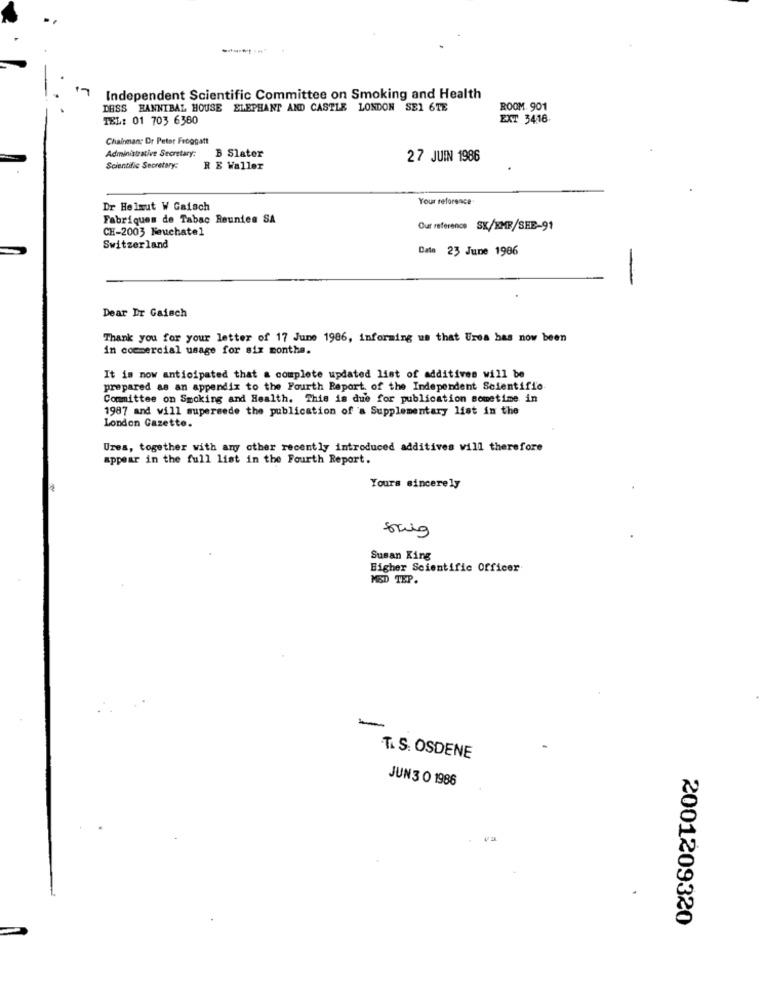
Independent Scientific Committee on Smoking and Health
DESS HANNIBAL HOUSE ELEPHANT AND CASTLE LONDON SE1 6TE
ROOM. 901
TEL: 01 703 6380
EXT 3416.
Chairman; Dr Peter Froggatt
Administrative Secretary:
B Slater
27 JUIN 1986
Scientific Secretary:
R E Waller
Your reference
Dr Helmut W Gaisch
Fabriques de Tabac Reunien SA
CH-2003 Neuchatel
Our reference SK/KMF/SEE-91
Switzerland
Date 23 June 1986
-
Dear Dr Gaisch
Thank you for your letter of 17 June 1986, informing us that Urea has now been
in commercial usage for six months.
It is now anticipated that a complete updated list of additives will be
prepared as an appendix to the Fourth Report of the Independent Scientific
Committee on Smoking and Health. This is due for publication sometime in
1987 and will supersede the publication of 'a Supplementary list in the
London Gazette.
Uzes, together with any other recently introduced additives will therefore
appear in the full list in the Fourth Report.
Yours sincerely
Susan King
Bigher Scientific Officer
MED TEP.
-
T. S. OSDENE
JUN3 O 1986
2001209320